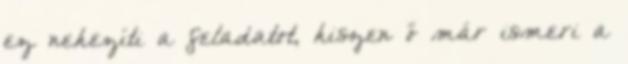
ez nehezíti a feladatot, hiszen ő már ismeri a